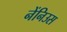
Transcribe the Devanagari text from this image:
नेंनिउस